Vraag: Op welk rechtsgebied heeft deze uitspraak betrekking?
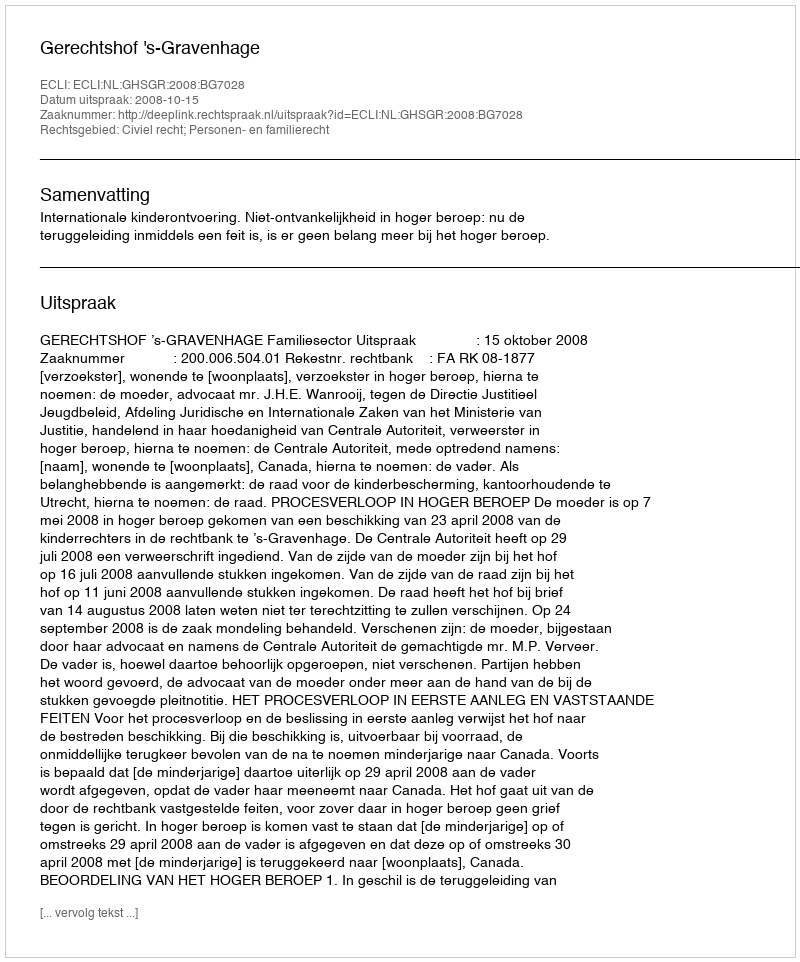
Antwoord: Civiel recht; Personen- en familierecht